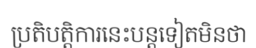
ប្រតិបត្តិការនេះបន្តទៀតមិនថា